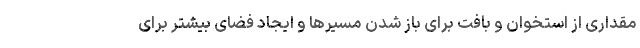
مقداری از استخوان و بافت برای باز شدن مسیرها و ایجاد فضای بیشتر برای